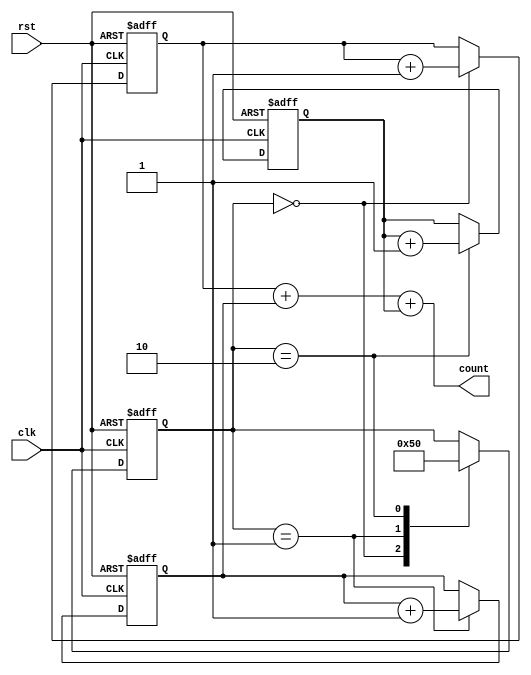
module cascaded_counter(
    input wire clk,
    input wire rst,
    output reg [7:0] count
);

reg [2:0] state;
reg [7:0] counter1, counter2, counter3;

always @(posedge clk or posedge rst) begin
    if (rst) begin
        state <= 3'b000;
        counter1 <= 8'b0;
        counter2 <= 8'b0;
        counter3 <= 8'b0;
    end else begin
        case (state)
            3'b000: begin
                counter1 <= counter1 + 1;
                state <= 3'b001;
            end
            3'b001: begin
                counter2 <= counter2 + 1;
                state <= 3'b010;
            end
            3'b010: begin
                counter3 <= counter3 + 1;
                state <= 3'b000;
            end
        endcase
    end
end

assign count = counter1 + counter2 + counter3;

endmodule